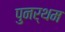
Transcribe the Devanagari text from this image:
पुनर्थम